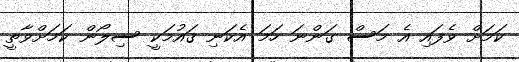
ކަމަށް ވެފައި އެ މަސް ގަންނަ ހަމަ އެކަނި ޤައުމަކީ ސިލޯން ކަމަށްވާތީ